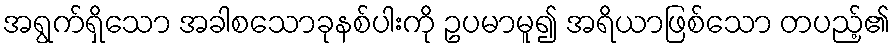
အရွက်ရှိသော အခါစသောခုနစ်ပါးကို ဥပမာမူ၍ အရိယာဖြစ်သော တပည့်၏